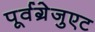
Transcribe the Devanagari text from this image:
पूर्वग्रेजुएट